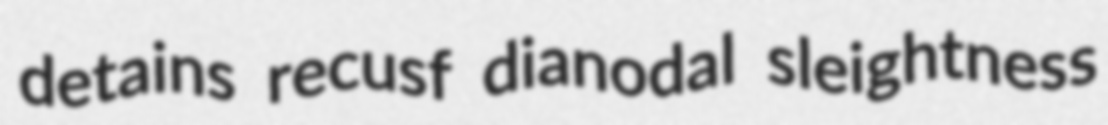
detains recusf dianodal sleightness